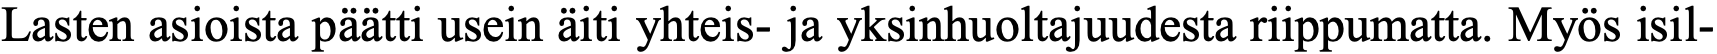
Lasten asioista päätti usein äiti yhteis- ja yksinhuoltajuudesta riippumatta. Myös isil-